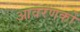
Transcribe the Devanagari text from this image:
आवरणको